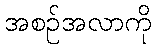
အစဉ်အလာကို